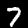
Digit: 7